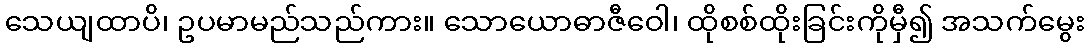
သေယျထာပိ၊ ဥပမာမည်သည်ကား။ သောယောဓာဇီဝေါ၊ ထိုစစ်ထိုးခြင်းကိုမှီ၍ အသက်မွေး